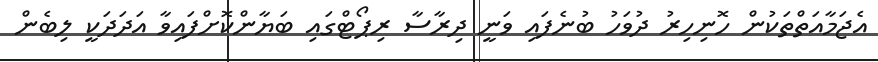
އެޖަމާއަތްތަކުން ހޮނިހިރު ދުވަހު ބުނެފައި ވަނީ ދިރާސާ ރިޕޯޓްގައި ބަޔާންކޮށްފައިވާ އަދަދަކީ ލިބެން